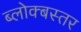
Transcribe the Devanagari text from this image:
ब्लोक्बस्तर